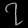
Digit: ၇